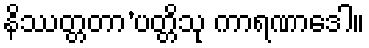
နိဿတ္တတာ’ပတ္တိသု ကာရဏာဒေါ။